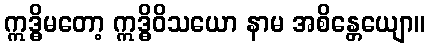
ဣဒ္ဓိမတော့ ဣဒ္ဓိဝိသယော နာမ အစိန္တေယျော။